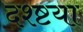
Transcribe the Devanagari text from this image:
दश्ष्टया